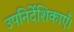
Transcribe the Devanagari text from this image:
उपनिर्देशिकाएँ।